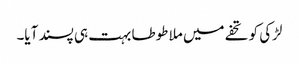
لڑکی کو تحفے میں ملا طوطا بہت ہی پسند آیا۔